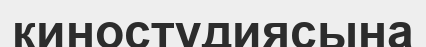
киностудиясына